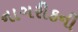
નાગરીકની